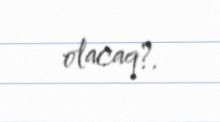
olacaq?.